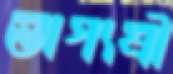
ভাগ্যশ্রী